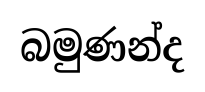
බමුණන්ද